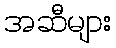
အဆီများ